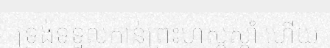
ទ្រង់ទទួលកាន់ព្រះហស្តស្តាំ ហើយ